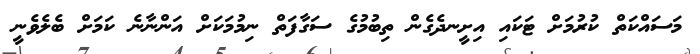
މަސައްކަތް ކުރުމަށް ޓަކައި އިށީނދެގެން ތިބުމުގެ ސަގާފަތް ނިމުމަކަށް އަންނާނެ ކަމަށް ބެލެވެނީ